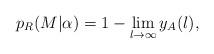
LaTeX: \begin{align*}p_{R} ( M | \alpha ) = 1 - \lim_{l \rightarrow \infty} y_{A} ( l ), \end{align*}